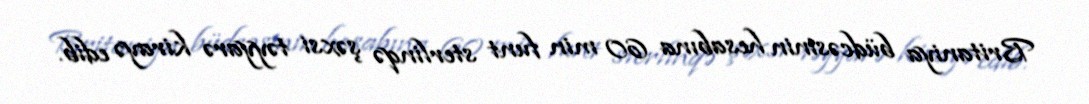
Britaniya büdcəsinin hesabına 60 min funt sterlinqə şəxsi təyyarə kirayə edib.